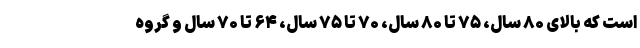
است که بالای ۸۰ سال، ۷۵ تا ۸۰ سال، ۷۰ تا ۷۵ سال، ۶۴ تا ۷۰ سال و گروه